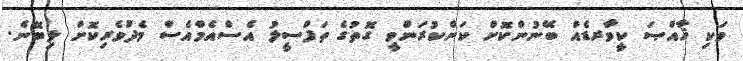
ވަކި ޚާއްޞަ ކީވާރޑެއް ބޭނުންކޮށް ކަންކުރަންވީ ގޮތުގެ ތަފްސީލު އެސްއެމްއެސް މެދުވެރިކޮށް ލިބޭނެ.